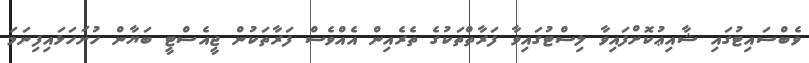
ވެބްސައިޓުގައި ޝާއިޢުކޮށްފައިވާ ލިސްޓުގައިވާ ފަރާތްތަކުގެ ތެރެއިން އެއްވެސް ފަރާތަކުން ޖީއެސްޓީ ބަޔާން ހުށަހަޅައިފިނަމަ